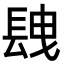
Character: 𨱽